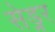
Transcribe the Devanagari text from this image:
सेड्नर